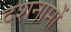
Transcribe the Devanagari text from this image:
दशनामों